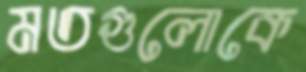
মতগুলোকে